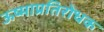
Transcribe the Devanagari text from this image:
ऊष्माप्रतिरोधक